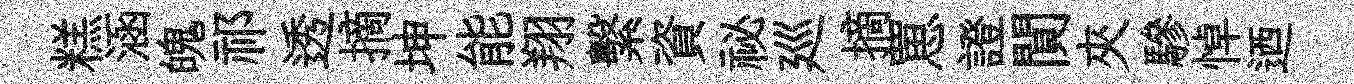
糕涵魄祁透摘坤能翔繫資祕廵摘罳證閴夾驂悼迺